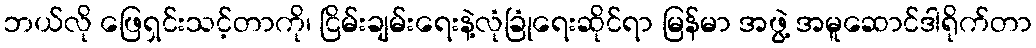
ဘယ်လို ဖြေရှင်းသင့်တာကို၊ ငြိမ်းချမ်းရေးနဲ့လုံခြုံရေးဆိုင်ရာ မြန်မာ အဖွဲ့ အမူဆောင်ဒါရိုက်တာ